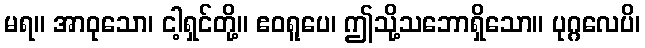
မရ။ အာဝုသော၊ ငါ့ရှင်တို့။ ဧဝရူပေ၊ ဤသို့သဘောရှိသော။ ပုဂ္ဂလေပိ၊